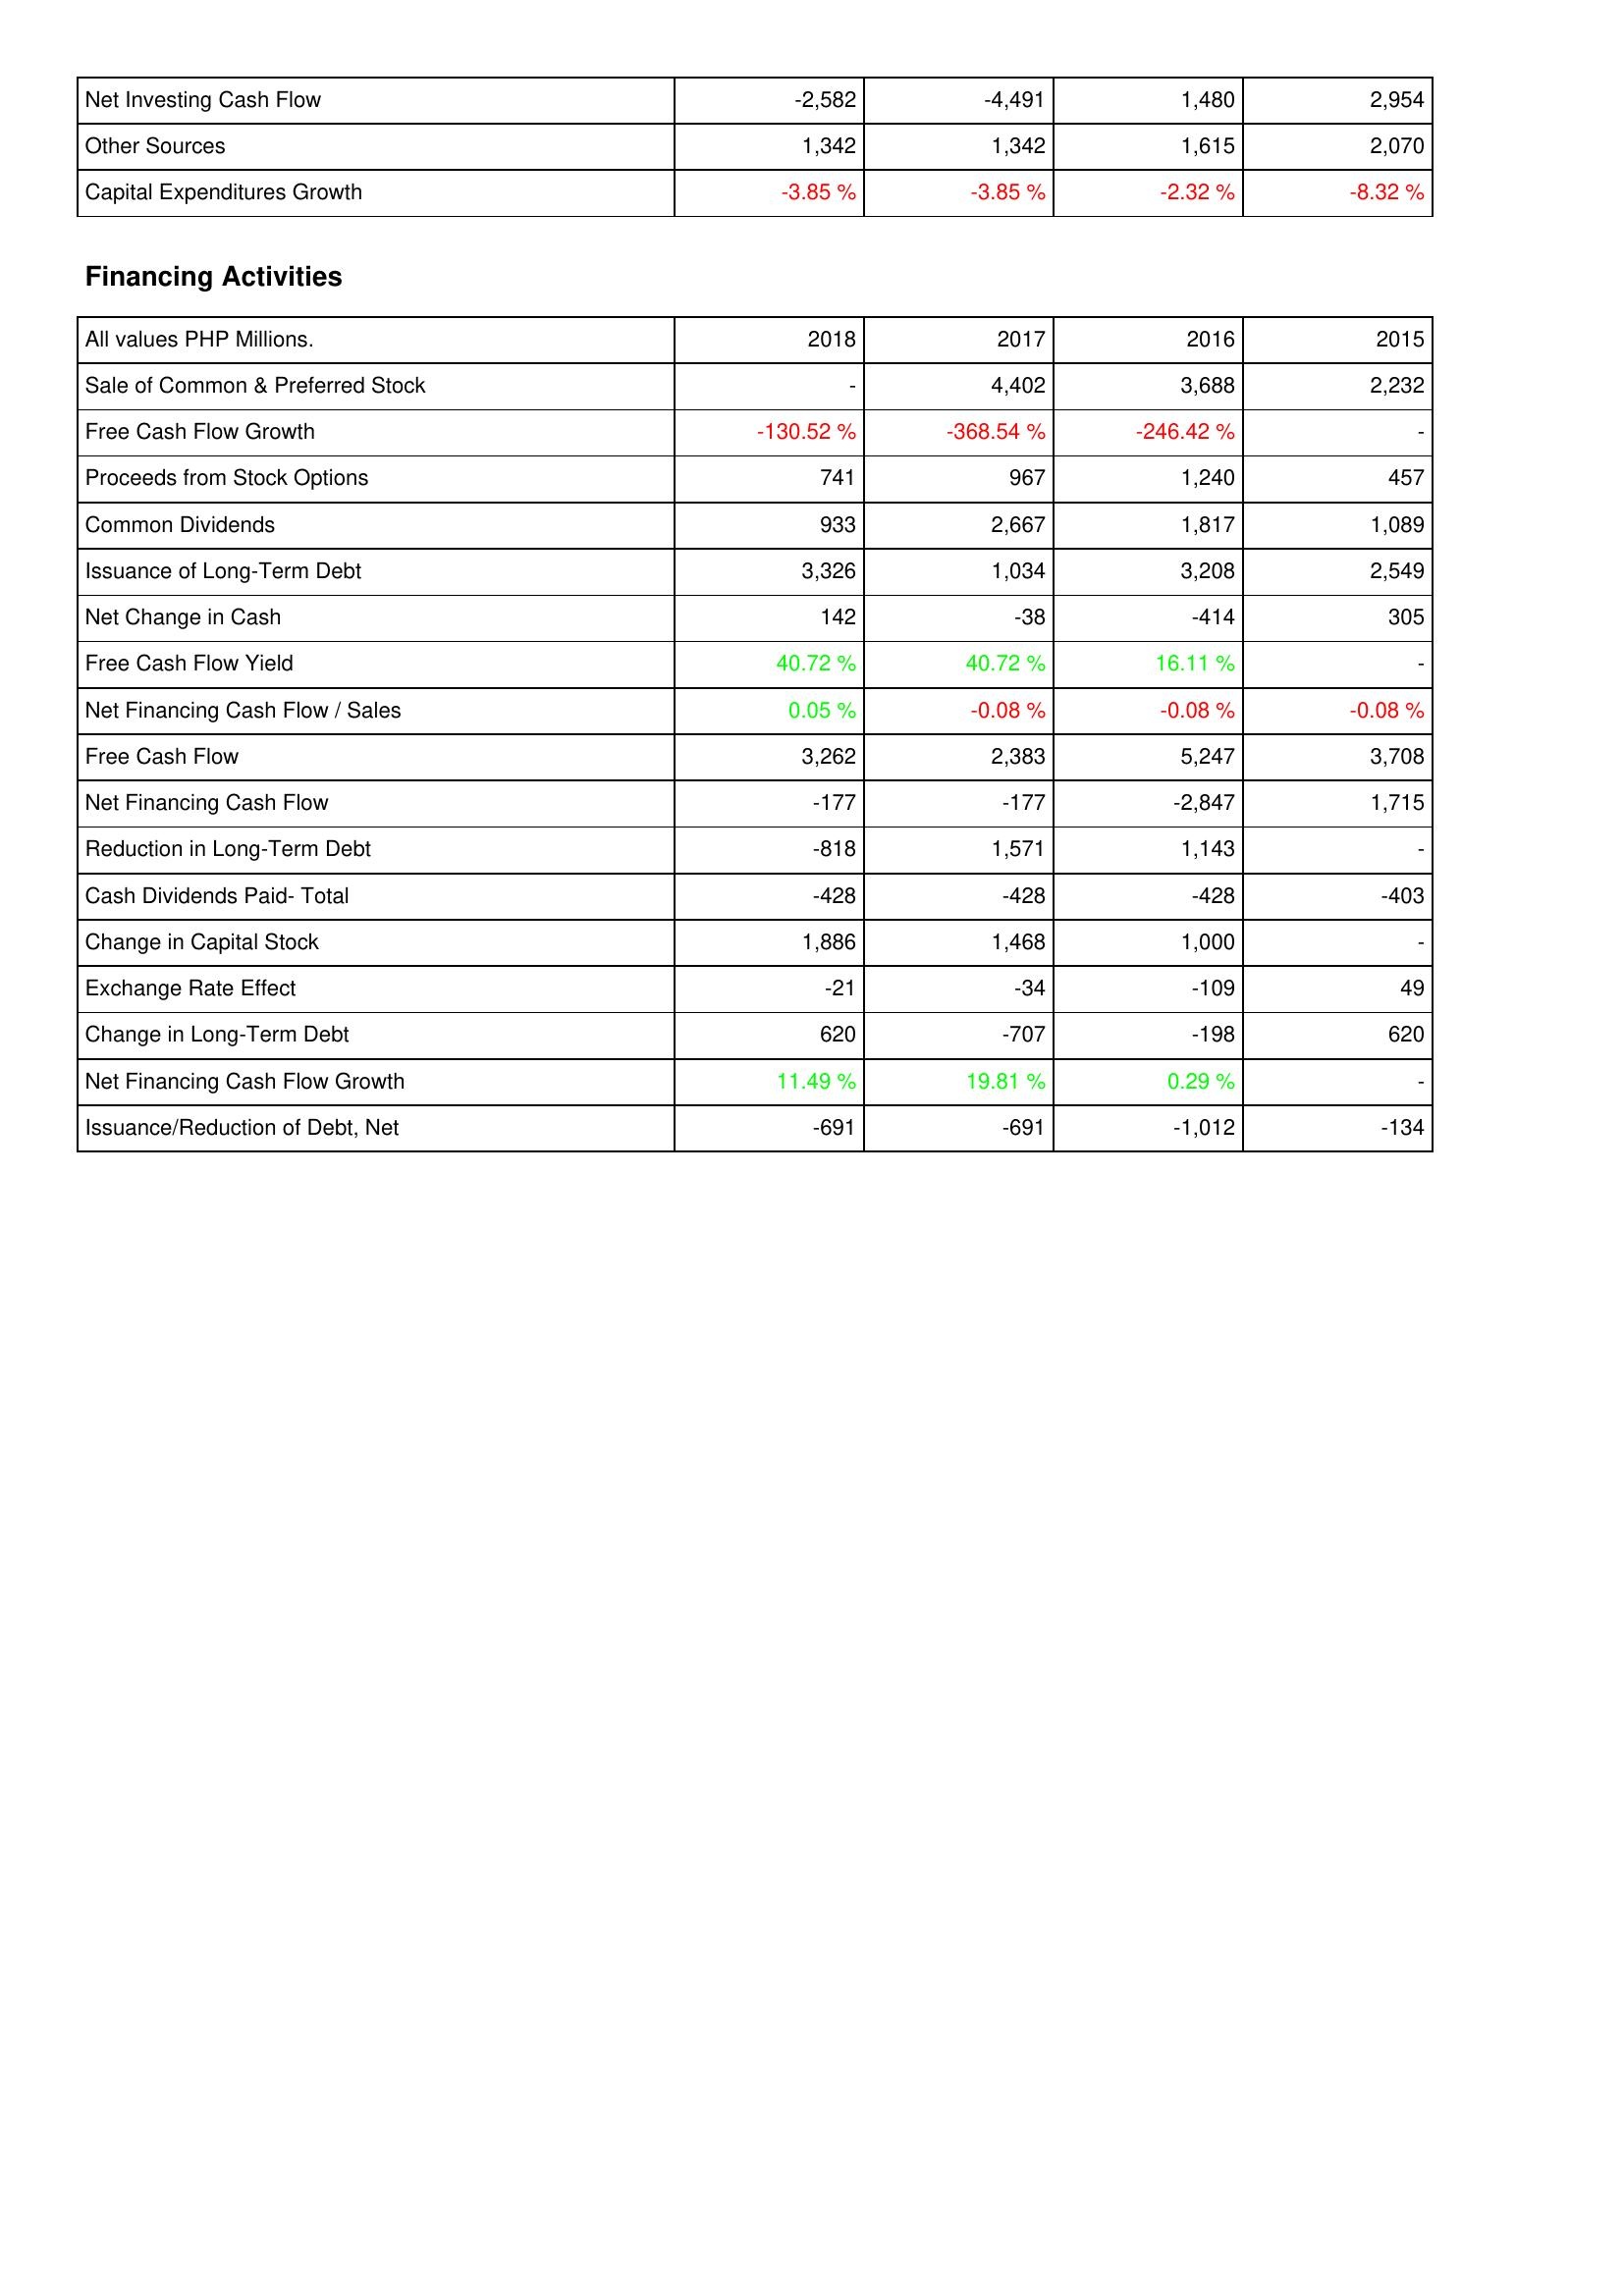
2018: Investing Activities: Net Investing Cash Flow: -2,582
Other Sources: 1,342
Capital Expenditures Growth: -3.85 %
Financing Activities: Sale of Common & Preferred Stock: -
Free Cash Flow Growth: -130.52 %
Proceeds from Stock Options: 741
Common Dividends: 933
Issuance of Long-Term Debt: 3,326
Net Change in Cash: 142
Free Cash Flow Yield: 40.72 %
Net Financing Cash Flow / Sales: 0.05 %
Free Cash Flow: 3,262
Net Financing Cash Flow: -177
Reduction in Long-Term Debt: -818
Cash Dividends Paid- Total: -428
Change in Capital Stock: 1,886
Exchange Rate Effect: -21
Change in Long-Term Debt: 620
Net Financing Cash Flow Growth: 11.49 %
Issuance/Reduction of Debt, Net: -691
2017: Investing Activities: Net Investing Cash Flow: -4,491
Other Sources: 1,342
Capital Expenditures Growth: -3.85 %
Financing Activities: Sale of Common & Preferred Stock: 4,402
Free Cash Flow Growth: -368.54 %
Proceeds from Stock Options: 967
Common Dividends: 2,667
Issuance of Long-Term Debt: 1,034
Net Change in Cash: -38
Free Cash Flow Yield: 40.72 %
Net Financing Cash Flow / Sales: -0.08 %
Free Cash Flow: 2,383
Net Financing Cash Flow: -177
Reduction in Long-Term Debt: 1,571
Cash Dividends Paid- Total: -428
Change in Capital Stock: 1,468
Exchange Rate Effect: -34
Change in Long-Term Debt: -707
Net Financing Cash Flow Growth: 19.81 %
Issuance/Reduction of Debt, Net: -691
2016: Investing Activities: Net Investing Cash Flow: 1,480
Other Sources: 1,615
Capital Expenditures Growth: -2.32 %
Financing Activities: Sale of Common & Preferred Stock: 3,688
Free Cash Flow Growth: -246.42 %
Proceeds from Stock Options: 1,240
Common Dividends: 1,817
Issuance of Long-Term Debt: 3,208
Net Change in Cash: -414
Free Cash Flow Yield: 16.11 %
Net Financing Cash Flow / Sales: -0.08 %
Free Cash Flow: 5,247
Net Financing Cash Flow: -2,847
Reduction in Long-Term Debt: 1,143
Cash Dividends Paid- Total: -428
Change in Capital Stock: 1,000
Exchange Rate Effect: -109
Change in Long-Term Debt: -198
Net Financing Cash Flow Growth: 0.29 %
Issuance/Reduction of Debt, Net: -1,012
2015: Investing Activities: Net Investing Cash Flow: 2,954
Other Sources: 2,070
Capital Expenditures Growth: -8.32 %
Financing Activities: Sale of Common & Preferred Stock: 2,232
Free Cash Flow Growth: -
Proceeds from Stock Options: 457
Common Dividends: 1,089
Issuance of Long-Term Debt: 2,549
Net Change in Cash: 305
Free Cash Flow Yield: -
Net Financing Cash Flow / Sales: -0.08 %
Free Cash Flow: 3,708
Net Financing Cash Flow: 1,715
Reduction in Long-Term Debt: -
Cash Dividends Paid- Total: -403
Change in Capital Stock: -
Exchange Rate Effect: 49
Change in Long-Term Debt: 620
Net Financing Cash Flow Growth: -
Issuance/Reduction of Debt, Net: -134